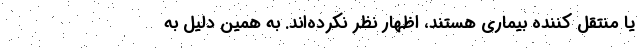
یا منتقل کننده بیماری هستند، اظهار نظر نکرده‌اند. به همین دلیل به